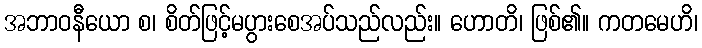
အဘာဝနီယော စ၊ စိတ်ဖြင့်မပွားစေအပ်သည်လည်း။ ဟောတိ၊ ဖြစ်၏။ ကတမေဟိ၊